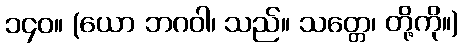
၁၄၀။ (ယော ဘဂဝါ၊ သည်။ သတ္တေ၊ တို့ကို။)